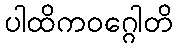
ပါထိကဝဂ္ဂေါတိ